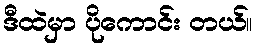
ဒီထဲမှာ ပိုကောင်း တယ်။